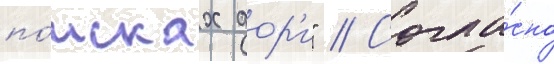
по́исках дор'и" // Согла́сно